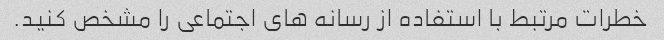
خطرات مرتبط با استفاده از رسانه های اجتماعی را مشخص کنید.